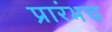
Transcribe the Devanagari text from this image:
प्रारंभच